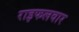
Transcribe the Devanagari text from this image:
राइफलवार